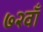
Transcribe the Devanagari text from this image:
७२वाँ